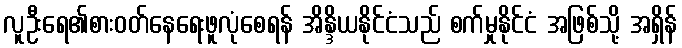
လူဦးရေ၏စားဝတ်နေရေးဖူလုံစေရန် အိန္ဒိယနိုင်ငံသည် စက်မှုနိုင်ငံ အဖြစ်သို့ အရှိန်